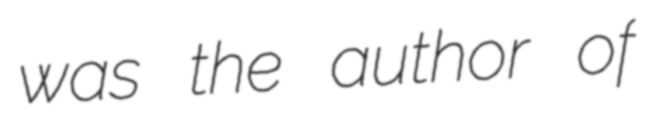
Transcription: was the author of